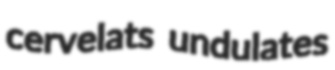
cervelats undulates